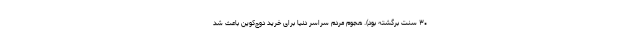
۳۰ سنت برگشته بود). هجوم مردم سراسر دنیا برای خرید دوج‌کوین باعث شد